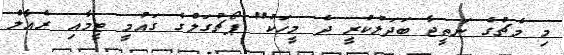
މި މެޗުގެ ނަތީޖާ ބަދަލުކުރީ ދެ މީހަކު" ޕޯޗުގަލްގެ ގައުމީ ޓީމާއި ރެއާލް